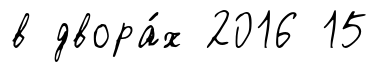
в двора́х 2016 15